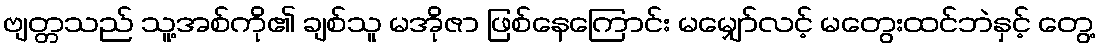
ဗျတ္တသည် သူ့အစ်ကို၏ ချစ်သူ မအိုဇာ ဖြစ်နေကြောင်း မမျှော်လင့် မတွေးထင်ဘဲနှင့် တွေ့